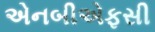
એનબીએફસી